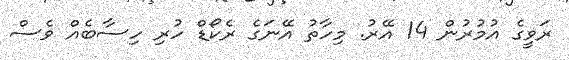
ރަވީގެ އުމުރުން 14 އޭރު. މިހާތު އޭނަގެ ރެކޯޑް ހުރި ހިސާބެއް ވެސް